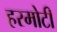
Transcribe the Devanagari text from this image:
हरमोटी